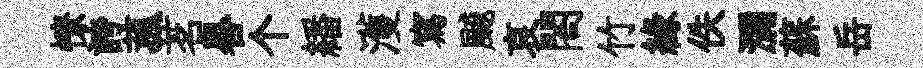
憭誇菰茗晷个繙濩寫飇哀閤竹縁佚瀰蘇岳